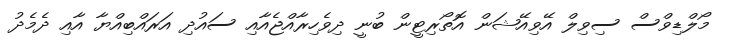
މޯލްޑިވްސް ސިވިލް އޭވިއޭޝަން އޮތޯރިޓީން ބުނީ ދިވެހިރާއްޖެއާއި ސައުދި އަރައްބިއްޔާ އާއި ދެމެދު